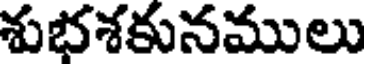
శుభశకునములు